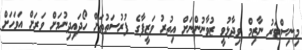
މިނިސްޓަރު ނާޒިމް ވިދާޅުވީ ޒުވާނުންނަށް އިތުރު ވަޒީފާގެ ފުރުސަތުތަށް ހޯދައިދިނުމަށް ވަރަށް އަވަހަށް